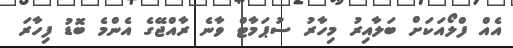
އެއް ފްލޯއަކަށް ބަލާއިރު މިހާރު ސުޕަމާޓް ވާނެ ރާއްޖޭގެ އެންމެ ބޮޑު ފިހާރަ